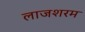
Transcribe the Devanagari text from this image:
लाजशरम